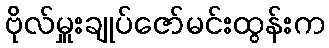
ဗိုလ်မှူးချုပ်ဇော်မင်းထွန်းက